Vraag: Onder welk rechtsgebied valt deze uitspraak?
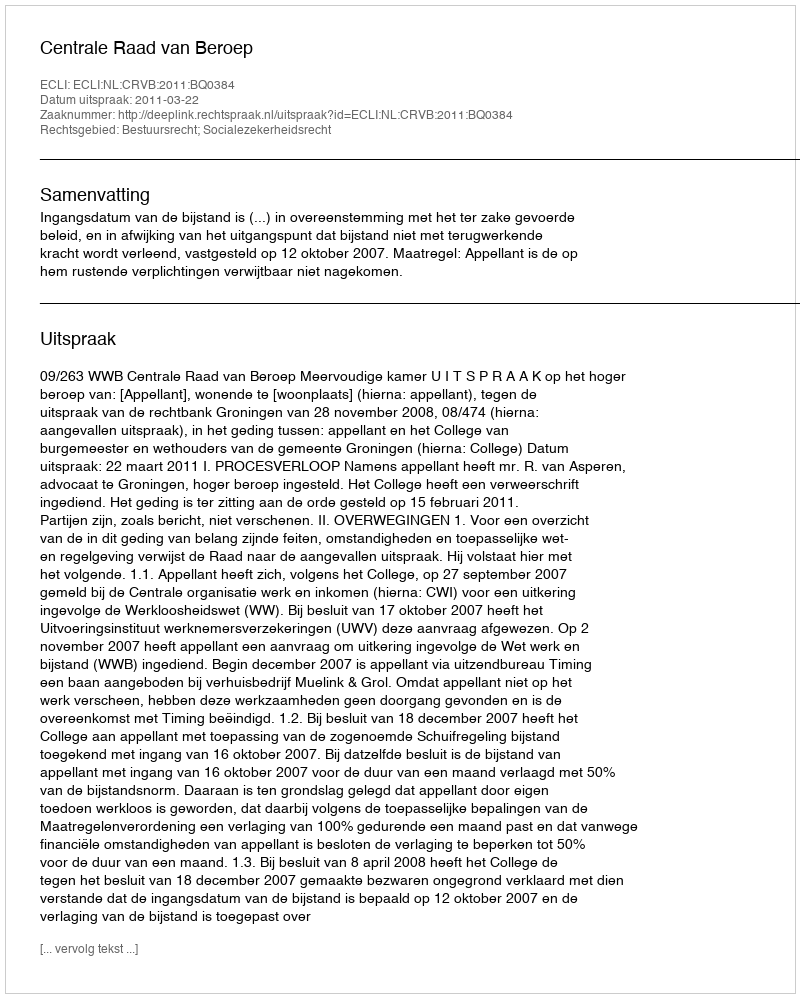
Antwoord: Bestuursrecht; Socialezekerheidsrecht